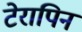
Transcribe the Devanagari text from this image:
टेरापिन